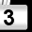
Digit: 3